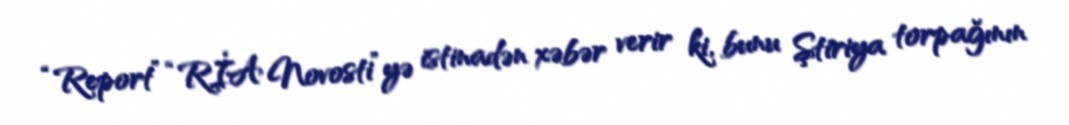
“Report” “RİA Novosti”yə istinadən xəbər verir ki, bunu Ştiriya torpağının